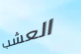
العشب